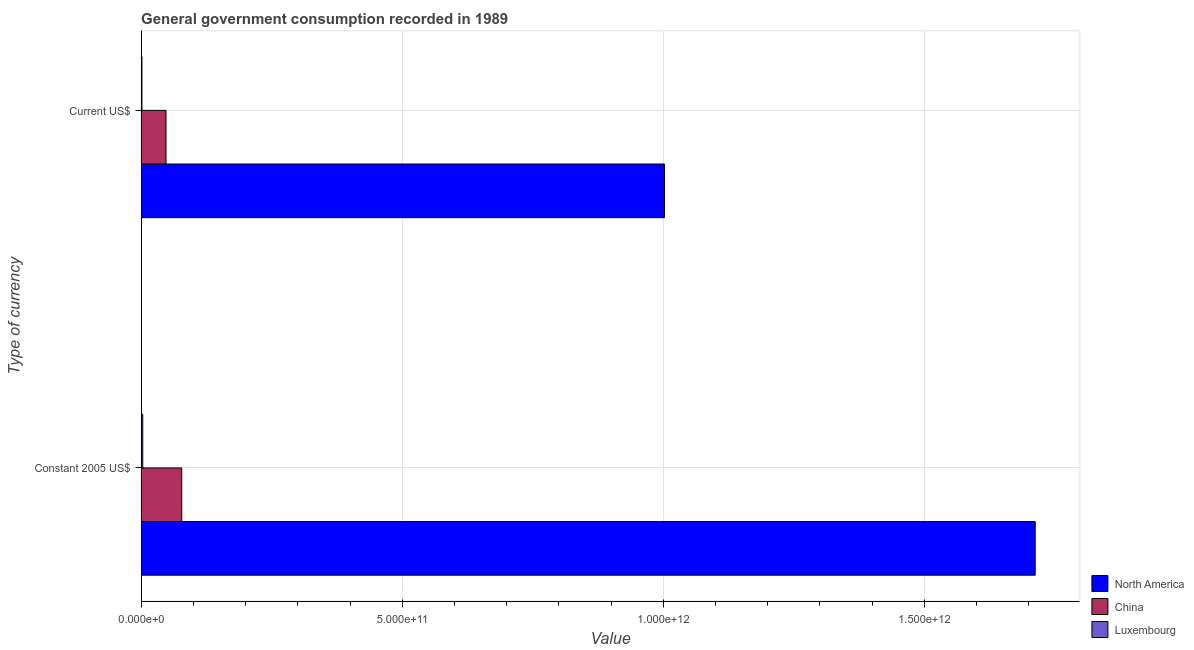
| Type of currency | North America | China | Luxembourg |
 | --- | --- | --- | --- |
 | Constant 2005 US$ | 1.71e+12 | 7.77e+10 | 3.06e+09 |
 | Current US$ | 1e+12 | 4.76e+10 | 1.53e+09 |